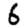
Digit: 6